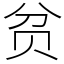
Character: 贫